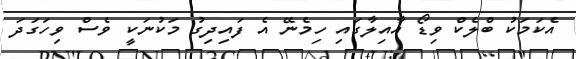
އެކަމަކު ބްލެކް ވިޑޯ އާއިލާގައި ހިމެނޭ އެ ފައިދިގު މަކުނަކީ ވެސް ވިހަގަދަ